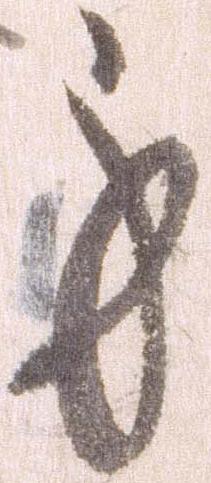
身